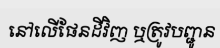
នៅលើផែនដីវិញ ឬត្រូវបញ្ជូន